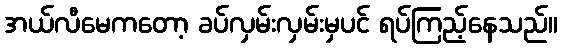
အယ်လီမေကတော့ ခပ်လှမ်းလှမ်းမှပင် ရပ်ကြည့်နေသည်။